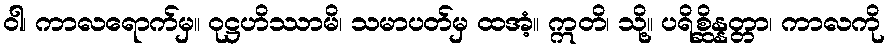
ဝါ၊ ကာလရောက်မှ။ ဝုဋ္ဌဟိဿာမိ၊ သမာပတ်မှ ထအံ့။ ဣတိ၊ သို့။ ပရိစ္ဆိန္နတ္တာ၊ ကာလကို